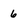
Character: 6